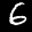
Label: 6